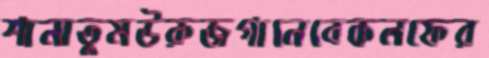
শানাতুমউরুজগানেবেকলফের